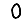
Digit: 0